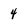
Character: 4